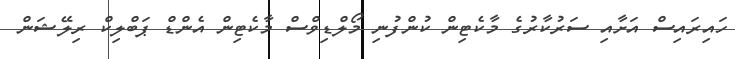
ހައިރައިސް އަށާއި ސަރުކާރުގެ މާކެޓިން ކުންފުނި މޯލްޑިވްސް މާކެޓިން އެންޑް ޕަބްލިކް ރިލޭޝަން